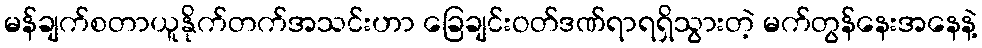
မန်ချက်စတာယူနိုက်တက်အသင်းဟာ ခြေချင်းဝတ်ဒဏ်ရာရရှိသွားတဲ့ မက်တွန်နေးအနေနဲ့